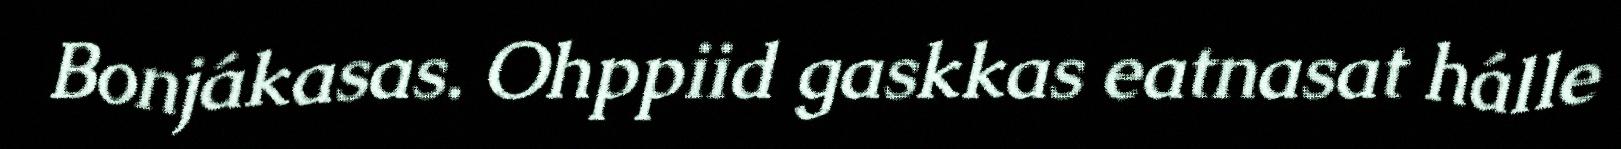
Bonjákasas. Ohppiid gaskkas eatnasat hálle